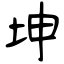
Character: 坤